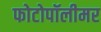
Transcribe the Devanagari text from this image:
फोटोपॉलीमर